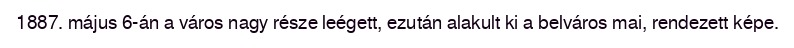
1887. május 6-án a város nagy része leégett, ezután alakult ki a belváros mai, rendezett képe.